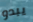
يبدو